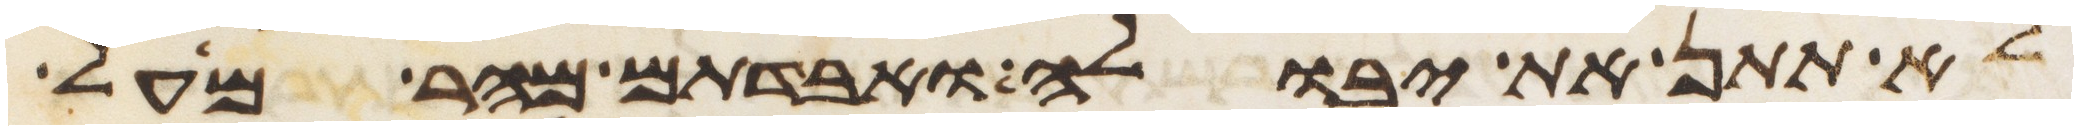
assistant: לא תתן את יבולה ואבדתם מהר מעל